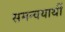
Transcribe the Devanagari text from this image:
समन्वयार्थी